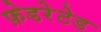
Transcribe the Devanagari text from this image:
फ़ेडरेटेड